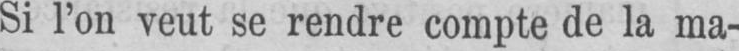
Si l’on veut se rendre compte de la ma-